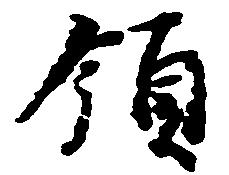
領